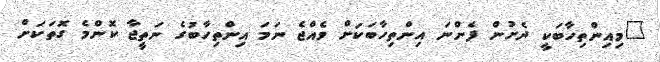
"މިއިންތިހާބަކީ ދެށުން ފެންނަ އިންތިހާބަކަށް ވެއްޖެ ނަމަ އިންތިހާބުގެ ނަތީޖާ ކޮންމެ ގޮތަކަށް